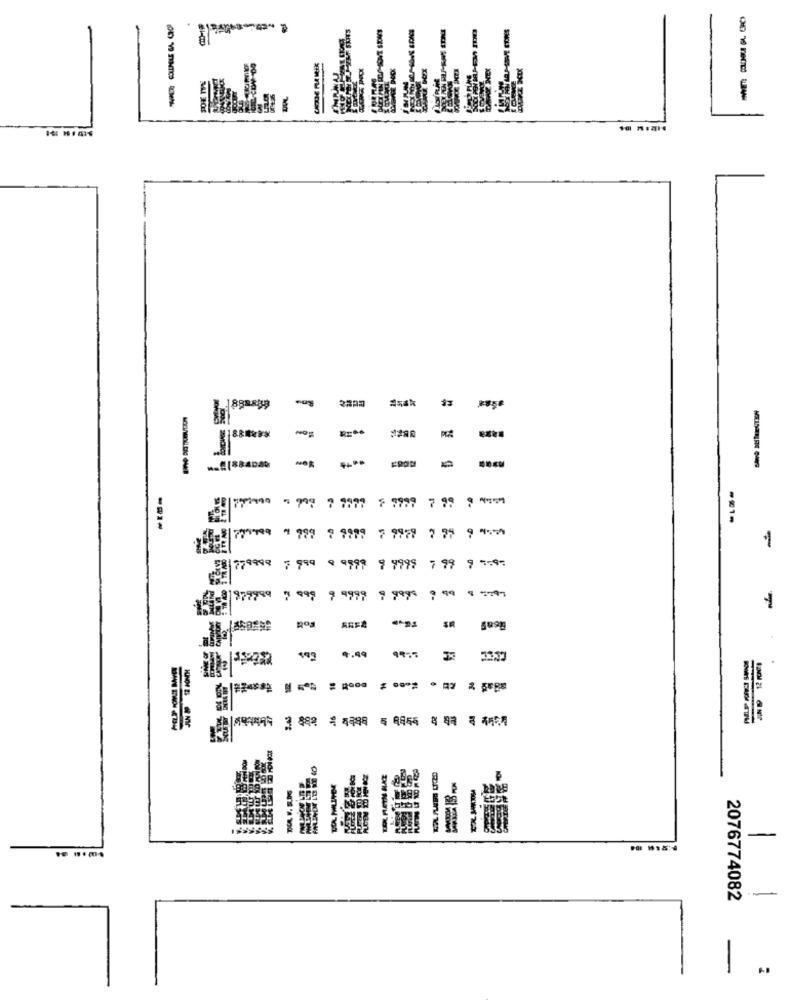
-----
A56k
-81-
1
779998 7 999 9 9999 9 9999 ,99 9 9.99
1877999
7 999 9 9999 9 9999 , 99 8 :799
1
Ros
- - --
-
2076774082